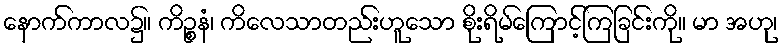
နောက်ကာလ၌။ ကိဉ္စနံ၊ ကိလေသာတည်းဟူသော စိုးရိမ်ကြောင့်ကြခြင်းကို။ မာ အဟု၊